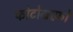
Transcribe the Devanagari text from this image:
फोटोग्राफ़ों